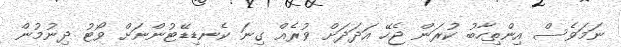
ނަމަވެސް އިންތިހާބު ކުރަން ޖެހޭ އަދަދަށް ވުރެއް ގިނަ ކެނޑިޑޭޓުންނަށް ވޯޓު ދިނުމުން